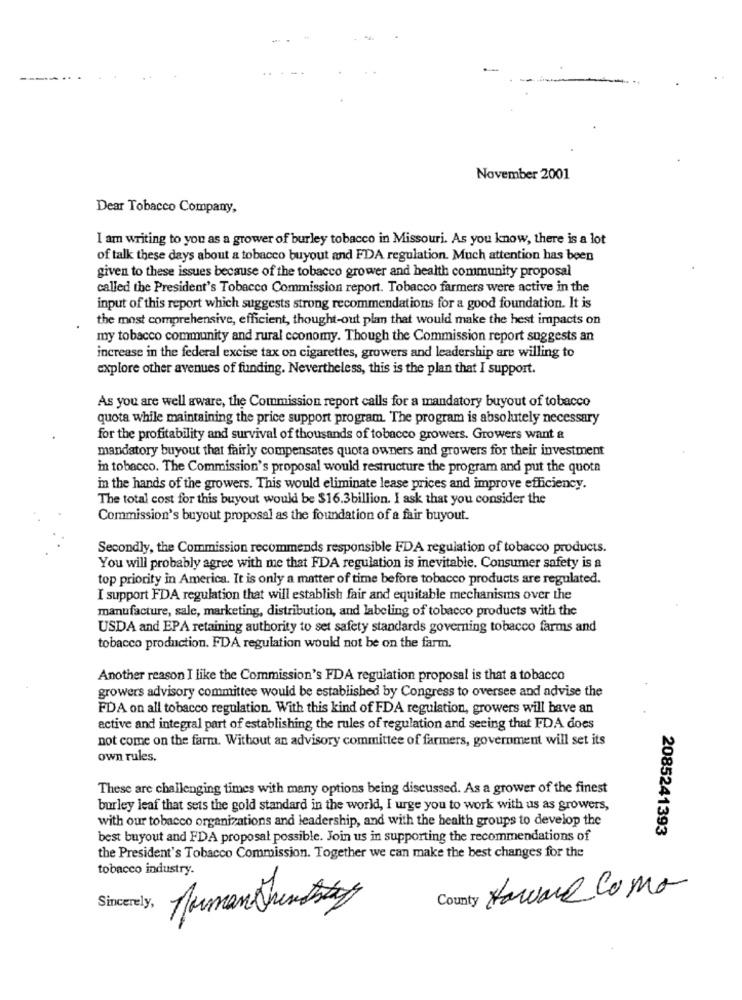
--
November 2001
Dear Tobacco Company,
I am writing to you as a grower of burley tobacco in Missouri. As you know, there is a lot
of talk these days about a tobacco buyout and FDA regulation. Much attention has been
given to these issues because of the tobacco grower and health community proposal
called the President's Tobacco Commission report. Tobacco farmers were active in the
input of this report which suggests strong recommendations for a good foundation. It is
the most comprehensive, efficient, thought-out plan that would make the hest impacts on
my tobacco community and rural economy. Though the Commission report suggests an
increase in the federal excise tax on cigarettes, growers and leadership are willing to
explore other avenues of funding. Nevertheless, this is the plan that I support.
As you are well aware, the Commission report calls for a mandatory buyout of tobacco
quota while maintaining the price support program. The program is absolutely necessary
for the profitability and survival of thousands of tobacco growers. Growers want &
mandatory buyout that fairly compensates quota owners and growers for their investment
in tobacco. The Commission's proposal would restructure the program and put the quota
in the hands of the growers. This would eliminate lease prices and improve efficiency.
The total cost for this buyout would be $16.3billion. I ask that you consider the
Commission's buyout proposal as the foundation of a fair buyout.
Secondly, the Commission recommends responsible FDA regulation of tobacco products.
You will probably agree with me that FDA regulation is inevitable. Consumer safety is a
top priority in America. It is only a matter of time before tobacco products are regulated.
I support FDA regulation that will establish fair and equitable mechanisms over the
manufacture, sale, marketing, distribution, and labeling of tobacco products with the
USDA and EPA retaining authority to set safety standards governing tobacco farms and
tobacco production. FDA regulation would not be on the farm.
Another reason I like the Commission's FDA regulation proposal is that a tobacco
growers advisory committee would be established by Congress to oversee and advise the
FDA on all tobacco regulation. With this kind of FDA regulation, growers will have an
active and integral part of establishing the rules of regulation and seeing that FDA does
not come on the farm. Without an advisory committee of farmers, government will set its
own rules.
These are challenging times with many options being discussed. As a grower of the finest
burley leaf that sets the gold standard in the world, I urge you to work with us as growers,
with our tobacco organizations and leadership, and with the health groups to develop the
2085241393
best buyout and FDA proposal possible. Join us in supporting the recommendations of
the President's Tobacco Commission. Together we can make the best changes for the
tobacco industry.
County Haward Como
Sincerely,
Norman mentstay